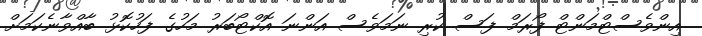
އިންވެސްޓްމަންޓް ފޯރަމް ފަސް ކުރި ނަމަވެސް އަންނަ އޮކްޓޯބަރު މަހުގެ ފަހުކޮޅު ބާއްވާނެކަމަށް